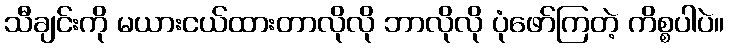
သီချင်းကို မယားငယ်ထားတာလိုလို ဘာလိုလို ပုံဖော်ကြတဲ့ ကိစ္စပါပဲ။